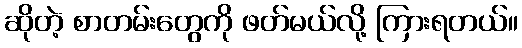
ဆိုတဲ့ စာတမ်းတွေကို ဖတ်မယ်လို့ ကြားရတယ်။